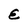
Character: E